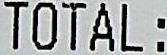
TOTAL: